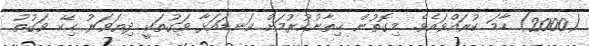
(2000) ހާމަ ކުރައްވައެވެ. މިގޮތުން ޚިތާނުކުރުމަށް ކަނޑައަޅާ ވަގުތަކީ ދިޔަވަރު ހިކޭ ވަގުތު